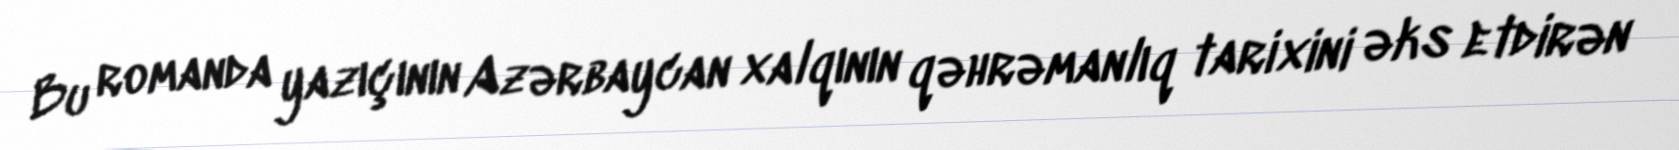
Bu romanda yazıçının Azərbaycan xalqının qəhrəmanlıq tarixini əks etdirən